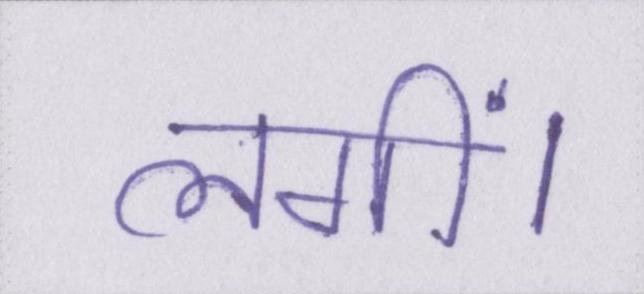
लगीं।